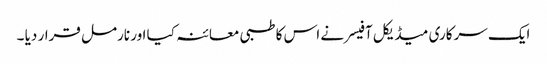
ایک سرکاری میڈیکل آفیسر نے اس کا طبی معائنہ کیا اور نارمل قرار دیا ۔